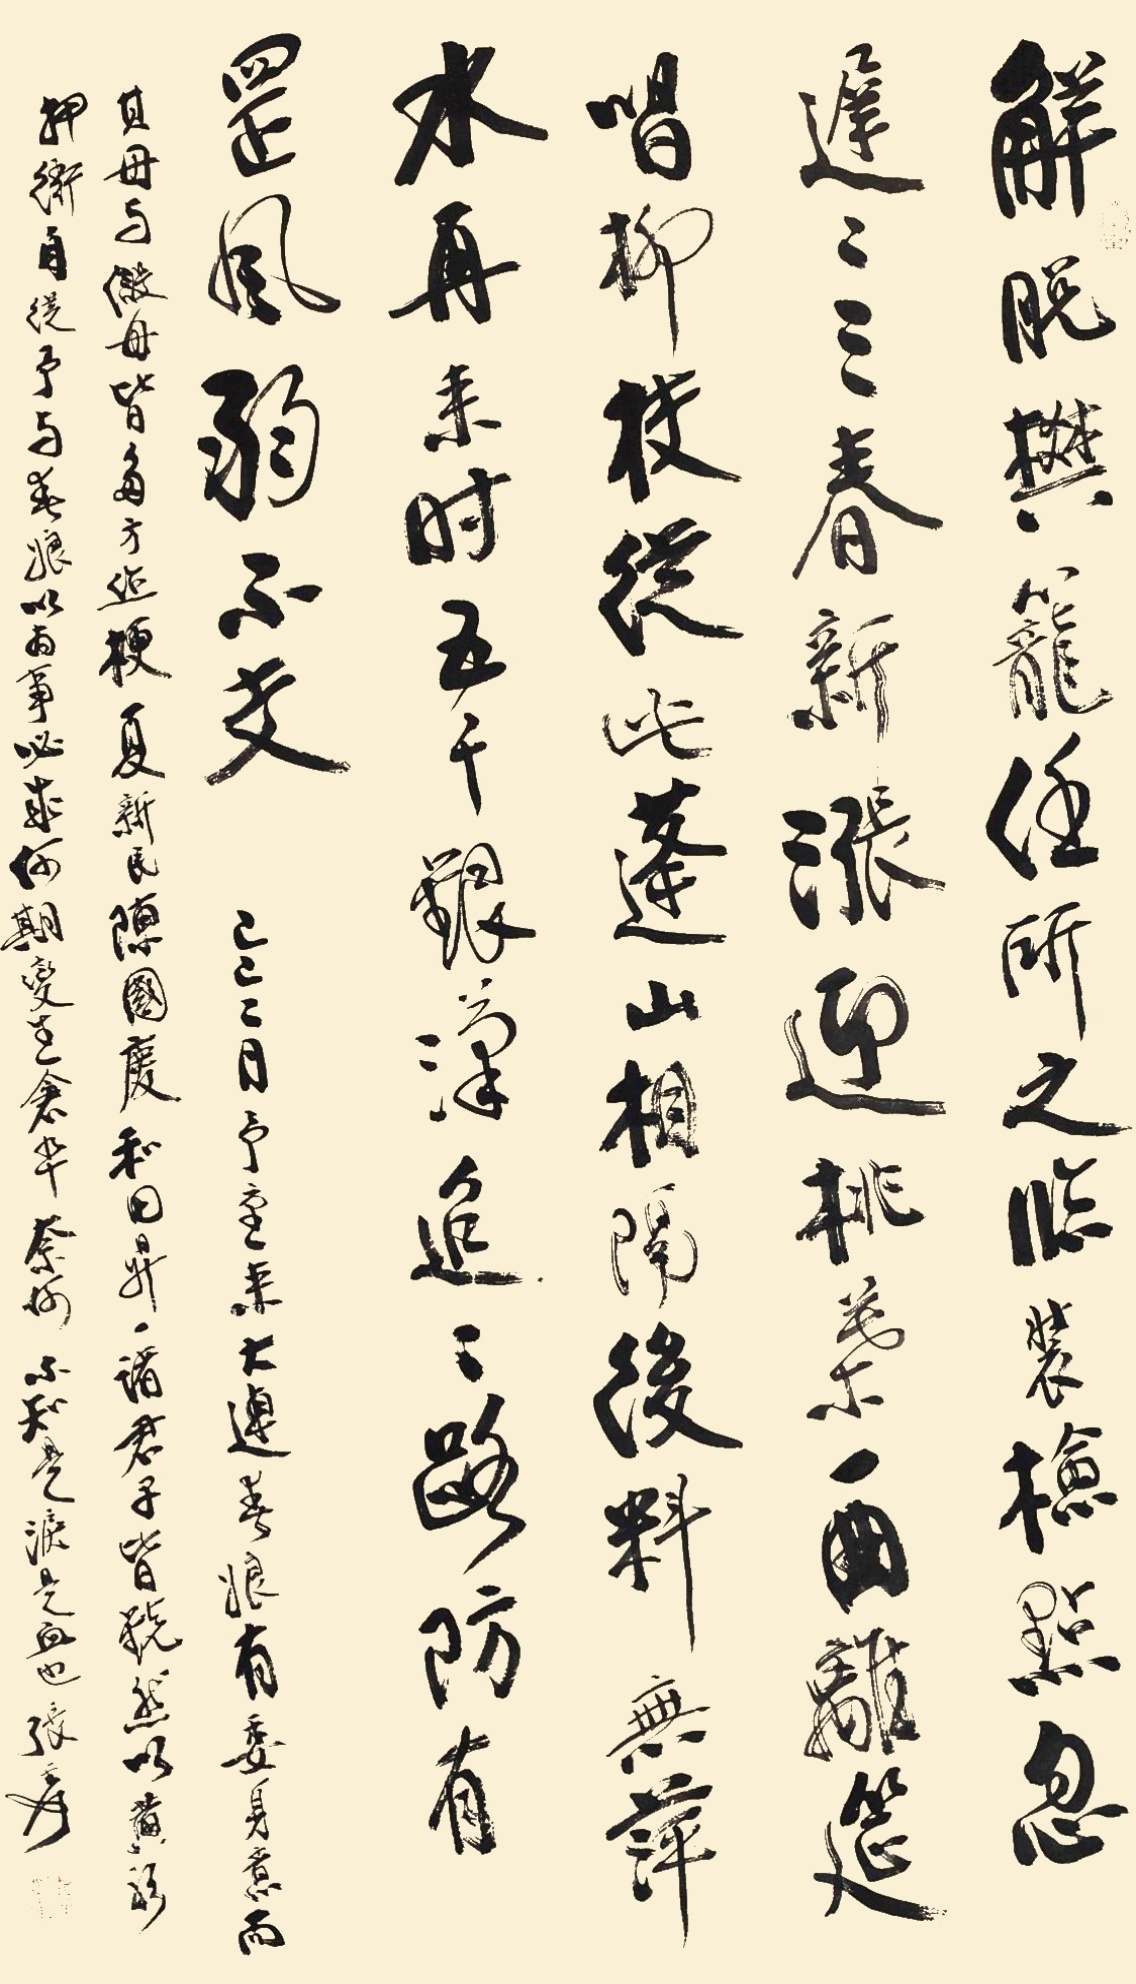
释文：解脱樊笼任所之，临装检点忽迟迟。三春新涨迎桃叶，一曲离筳唱柳枝。从此蓬山相隔后，料无萍水再来时。五千银汉迢迢路，防有罡风弱不支。己巳（1929年）二月，予重来大连，春娘有委身意，而其母与假母皆多方作梗。夏新民、陈国庆、和田升一诸君子皆镜然以黄衫押衙。自从予与春娘以为事必成，何期变生仓卒，奈何。不知是泪是血也。张爰。